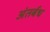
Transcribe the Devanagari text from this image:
अंतर्बध